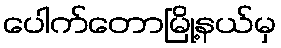
ပေါက်တောမြို့နယ်မှ